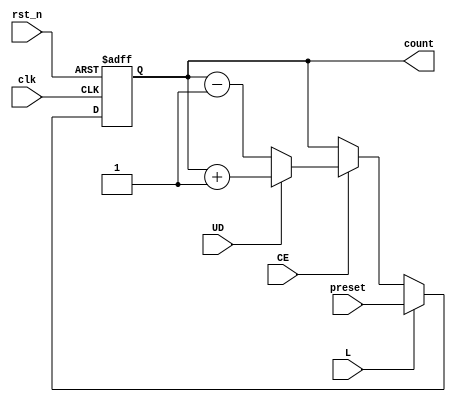
module async_load_counter (
    input wire clk,          // Clock signal
    input wire rst_n,       // Active-low asynchronous reset
    input wire L,           // Load signal
    input wire CE,          // Count Enable signal
    input wire UD,          // Up/Down control signal
    input wire [3:0] preset,// 4-bit preset value
    output reg [3:0] count  // 4-bit counter output
);

// Asynchronous reset and load logic
always @(posedge clk or negedge rst_n) begin
    if (!rst_n) begin
        count <= 4'b0000; // Reset counter to 0
    end else if (L) begin
        count <= preset;  // Load preset value
    end else if (CE) begin
        if (UD) begin
            count <= count + 1; // Count up
        end else begin
            count <= count - 1; // Count down
        end
    end
end

endmodule